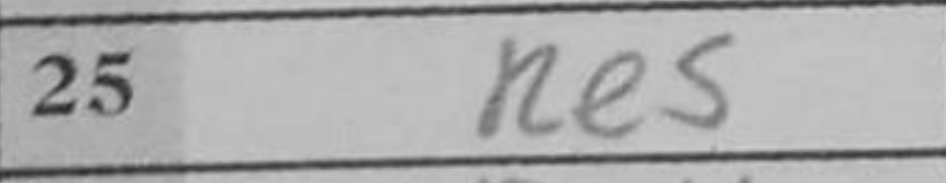
Transcription: Kh3